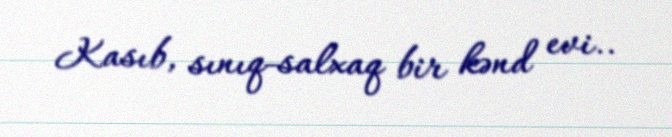
Kasıb, sınıq-salxaq bir kənd evi..